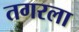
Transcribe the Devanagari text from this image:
तगरला